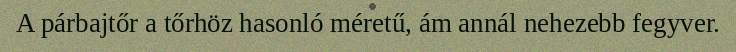
A párbajtőr a tőrhöz hasonló méretű, ám annál nehezebb fegyver.